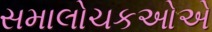
સમાલોચકઓએ